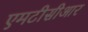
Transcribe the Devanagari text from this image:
एमटीसीआर